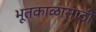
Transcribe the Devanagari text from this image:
भूतकाळासाठी